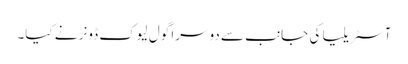
آسٹریلیا کی جانب سے دوسرا گول لیوک ڈونر نے کیا۔